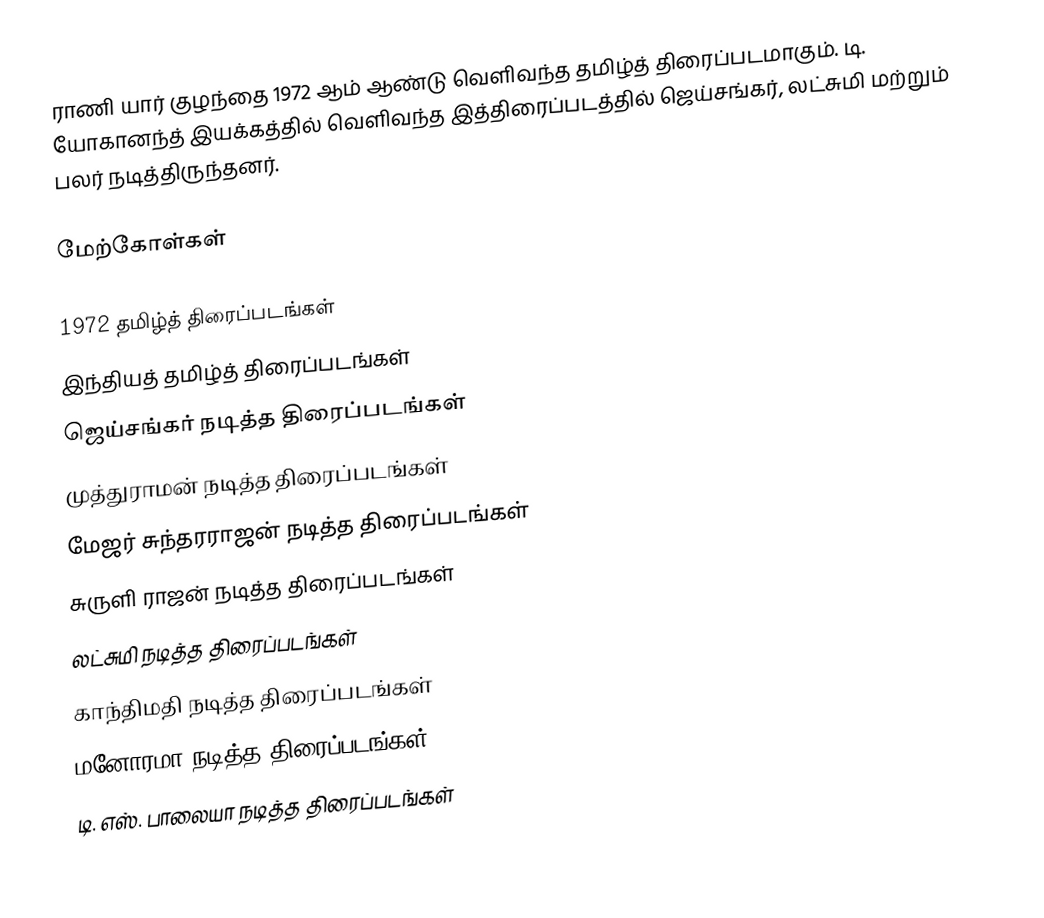
ராணி யார் குழந்தை 1972 ஆம் ஆண்டு வெளிவந்த தமிழ்த் திரைப்படமாகும். டி. யோகானந்த் இயக்கத்தில் வெளிவந்த இத்திரைப்படத்தில் ஜெய்சங்கர், லட்சுமி மற்றும் பலர் நடித்திருந்தனர்.

மேற்கோள்கள்

1972 தமிழ்த் திரைப்படங்கள்
இந்தியத் தமிழ்த் திரைப்படங்கள்
ஜெய்சங்கர் நடித்த திரைப்படங்கள்
முத்துராமன் நடித்த திரைப்படங்கள்
மேஜர் சுந்தரராஜன் நடித்த திரைப்படங்கள்
சுருளி ராஜன் நடித்த திரைப்படங்கள்
லட்சுமி நடித்த திரைப்படங்கள்
காந்திமதி நடித்த திரைப்படங்கள்
மனோரமா நடித்த திரைப்படங்கள்
டி. எஸ். பாலையா நடித்த திரைப்படங்கள்